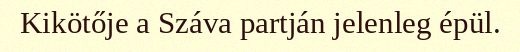
Kikötője a Száva partján jelenleg épül.